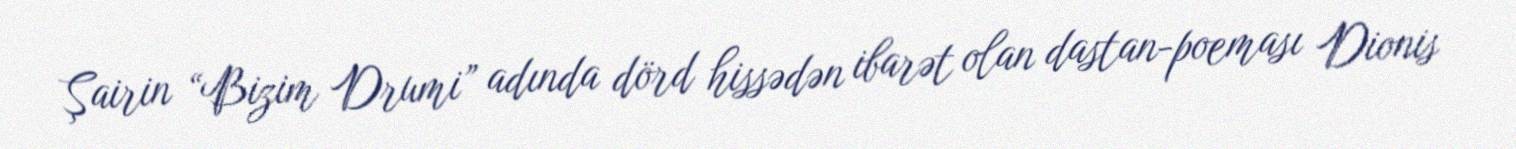
Şairin “Bizim Drumi” adında dörd hissədən ibarət olan dastan-poeması Dionis